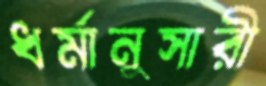
ধর্মানুসারী